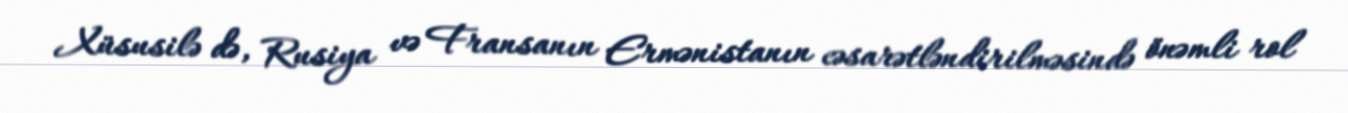
Xüsusilə də, Rusiya və Fransanın Ermənistanın cəsarətləndirilməsində önəmli rol